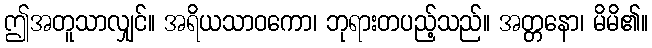
ဤအတူသာလျှင်။ အရိယသာဝကော၊ ဘုရားတပည့်သည်။ အတ္တနော၊ မိမိ၏။